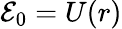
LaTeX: {\cal{E}}_{0}=U(r)